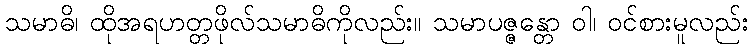
သမာဓိ၊ ထိုအရဟတ္တဖိုလ်သမာဓိကိုလည်း။ သမာပဇ္ဇန္တော ဝါ၊ ဝင်စားမူလည်း